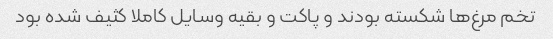
تخم مرغ‌ها شکسته بودند و پاکت و بقیه وسایل کاملا کثیف شده بود